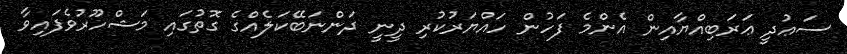
ސަޢުދީ ޢަރަބިއްޔާއިން އެންމެ ފަހުން ހައްޔަރުކުރި ދީނީ ދަންނަބޭކަލެއްގެ ގޮތުގައި މަޝްހޫރުވެފައިވާ